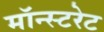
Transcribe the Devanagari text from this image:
मॉन्स्टरेट